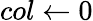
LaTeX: col\gets 0